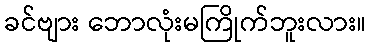
ခင်ဗျား ဘောလုံးမကြိုက်ဘူးလား။